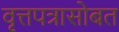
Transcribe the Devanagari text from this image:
वृत्तपत्रासोबत